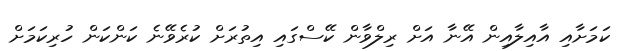
ކަމަށާއި އާއިލާއިން އޭނާ އަށް ރިލްވާން ކޭސްގައި އިތުރަށް ކުރެވޭނެ ކަންކަން ހުރިކަމަށް